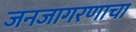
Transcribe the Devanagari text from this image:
जनजागरणाचा